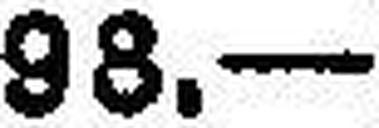
98.—